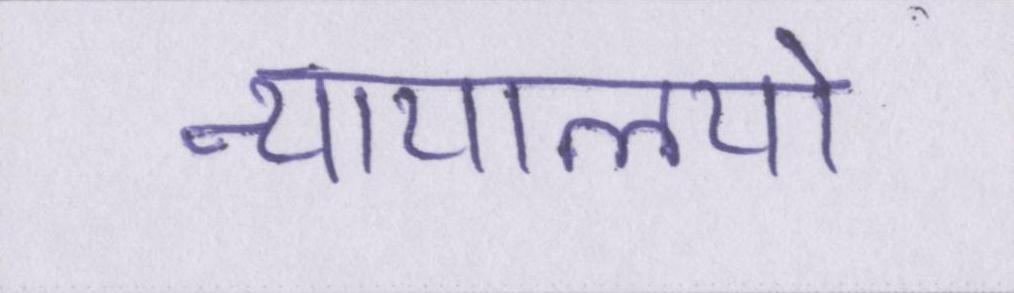
न्यायालयो